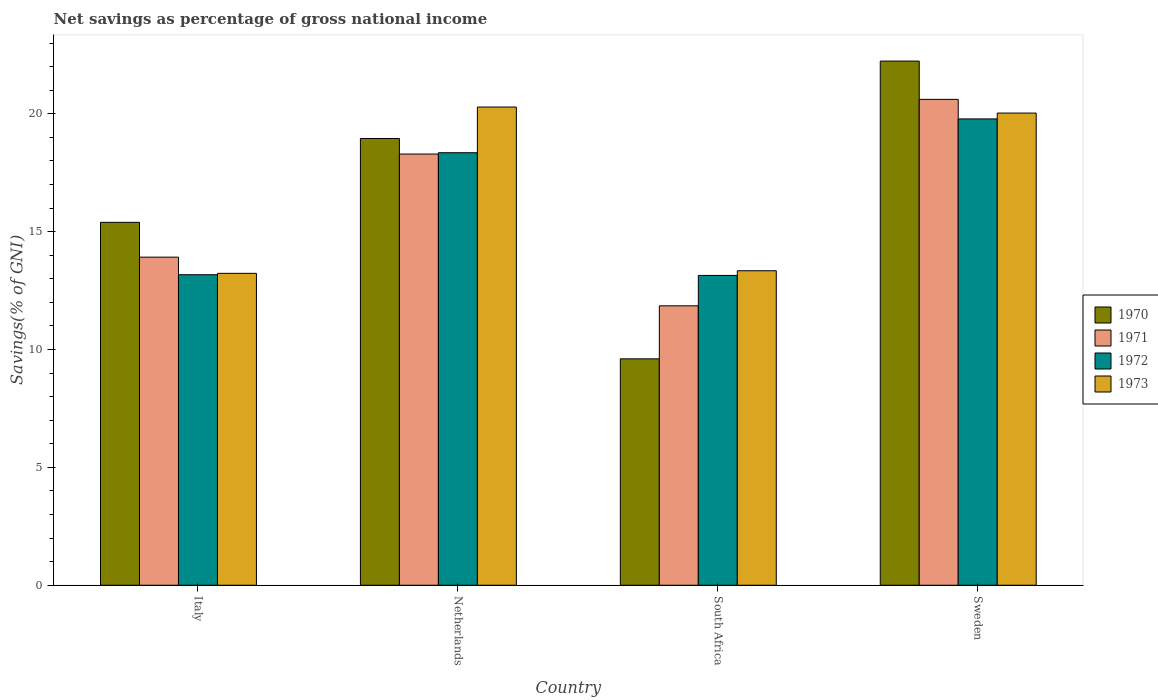
| Country | 1970 | 1971 | 1972 | 1973 |
 | --- | --- | --- | --- | --- |
 | Italy | 15.4 | 13.9 | 13.2 | 13.2 |
 | Netherlands | 19 | 18.3 | 18.3 | 20.3 |
 | South Africa | 9.6 | 11.9 | 13.1 | 13.3 |
 | Sweden | 22.2 | 20.6 | 19.8 | 20 |